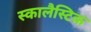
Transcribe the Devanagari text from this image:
स्कालैस्टिक